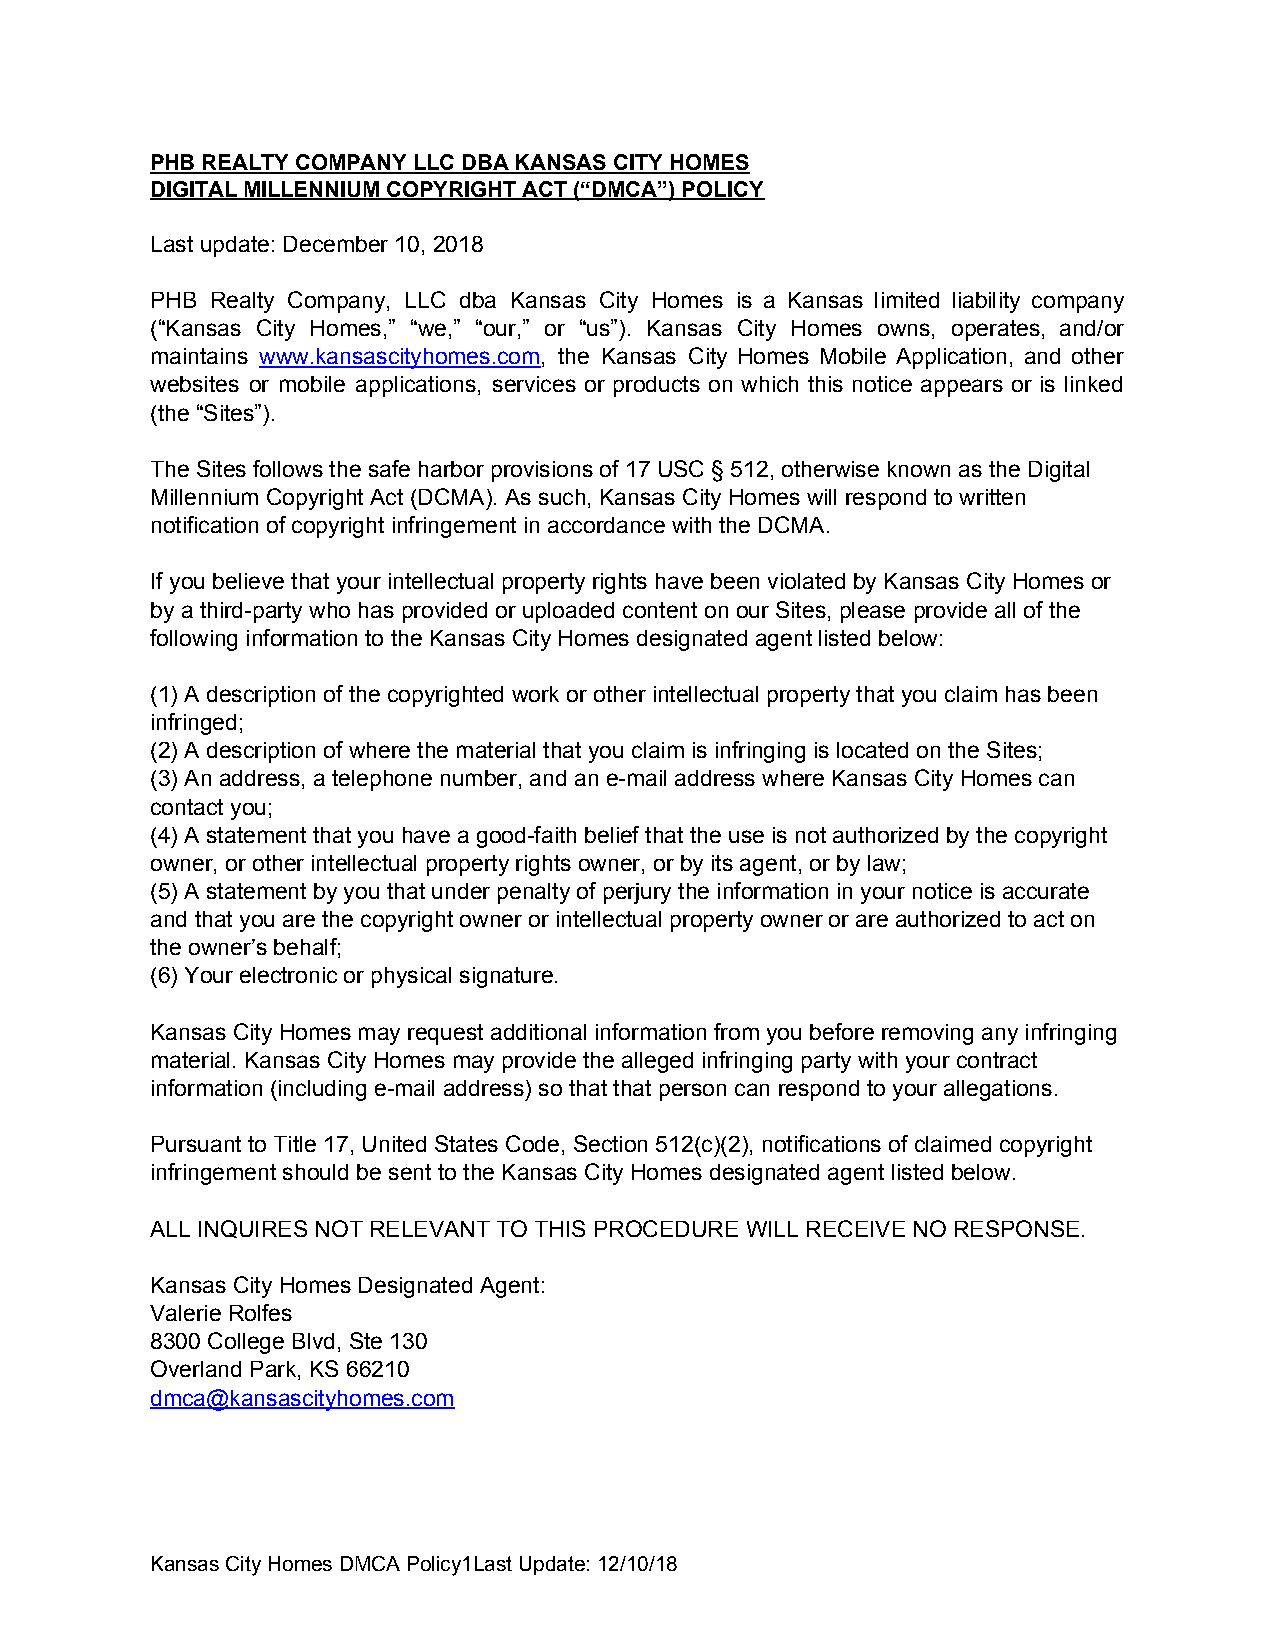
PHB REALTY COMPANY LLC DBA KANSAS CITY HOMES
 DIGITAL MILLENNIUM COPYRIGHT ACT (“DMCA”) POLICY
 Last update: December 10, 2018
 PHB Realty Company, LLC dba Kansas City Homes is a Kansas limited liability company
 (“Kansas City Homes,” “we,” “our,” or “us”). Kansas City Homes owns, operates, and/or
 maintains www.kansascityhomes.com, the Kansas City Homes Mobile Application, and other
 ​                  ​
 websites or mobile applications, services or products on which this notice appears or is linked
 (the “Sites”).
 The Sites follows the safe harbor provisions of 17 USC § 512, otherwise known as the Digital
 Millennium Copyright Act (DCMA). As such, Kansas City Homes will respond to written
 notification of copyright infringement in accordance with the DCMA.
 If you believe that your intellectual property rights have been violated by Kansas City Homes or
 by a third-party who has provided or uploaded content on our Sites, please provide all of the
 following information to the Kansas City Homes designated agent listed below:
 (1) A description of the copyrighted work or other intellectual property that you claim has been
 infringed;
 (2) A description of where the material that you claim is infringing is located on the Sites;
 (3) An address, a telephone number, and an e-mail address where Kansas City Homes can
 contact you;
 (4) A statement that you have a good-faith belief that the use is not authorized by the copyright
 owner, or other intellectual property rights owner, or by its agent, or by law;
 (5) A statement by you that under penalty of perjury the information in your notice is accurate
 and that you are the copyright owner or intellectual property owner or are authorized to act on
 the owner’s behalf;
 (6) Your electronic or physical signature.
 Kansas City Homes may request additional information from you before removing any infringing
 material. Kansas City Homes may provide the alleged infringing party with your contract
 information (including e-mail address) so that that person can respond to your allegations.
 Pursuant to Title 17, United States Code, Section 512(c)(2), notifications of claimed copyright
 infringement should be sent to the Kansas City Homes designated agent listed below.
 ALL INQUIRES NOT RELEVANT TO THIS PROCEDURE WILL RECEIVE NO RESPONSE.
 Kansas City Homes Designated Agent:
 Valerie Rolfes
 8300 College Blvd, Ste 130
 Overland Park, KS 66210
 dmca@kansascityhomes.com
 Kansas City Homes DMCA Policy1Last Update: 12/10/18